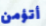
أتؤمن